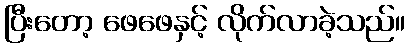
ပြီးတော့ ဖေဖေနှင့် လိုက်လာခဲ့သည်။